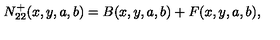
N _ { 2 2 } ^ { + } ( x , y , a , b ) = B ( x , y , a , b ) + F ( x , y , a , b ) ,